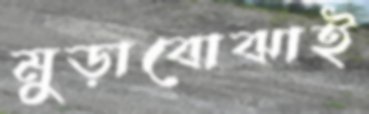
মুড়াবোঝাই